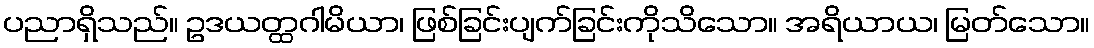
ပညာရှိသည်။ ဥဒယတ္ထဂါမိယာ၊ ဖြစ်ခြင်းပျက်ခြင်းကိုသိသော။ အရိယာယ၊ မြတ်သော။